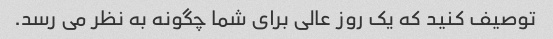
توصیف کنید که یک روز عالی برای شما چگونه به نظر می رسد.